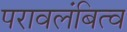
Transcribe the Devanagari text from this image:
परावलंबित्व